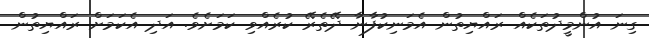
ގިނަ އުންމީދުތަކެއް ރައްޔިތުން އެމަނިކުފާނާ ދޭތެރޭ ކުރެއްވި ކަމަށެވެ. އަދި އެކަމަށް ރައްޔިތުން